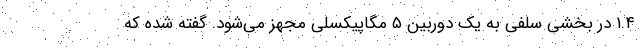
۱.۴ در بخشی سلفی به یک دوربین ۵ مگاپیکسلی مجهز می‌شود. گفته شده که